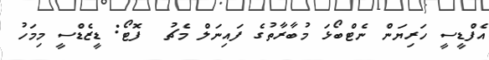
އެފްޑީސީ ހަރިޔަން ނެޓްބޯޅަ މުބާރާތުގެ ފައިނަލް މެޗު  ފޮޓޯ: ޑީޒެޑްސީ މިމަހު